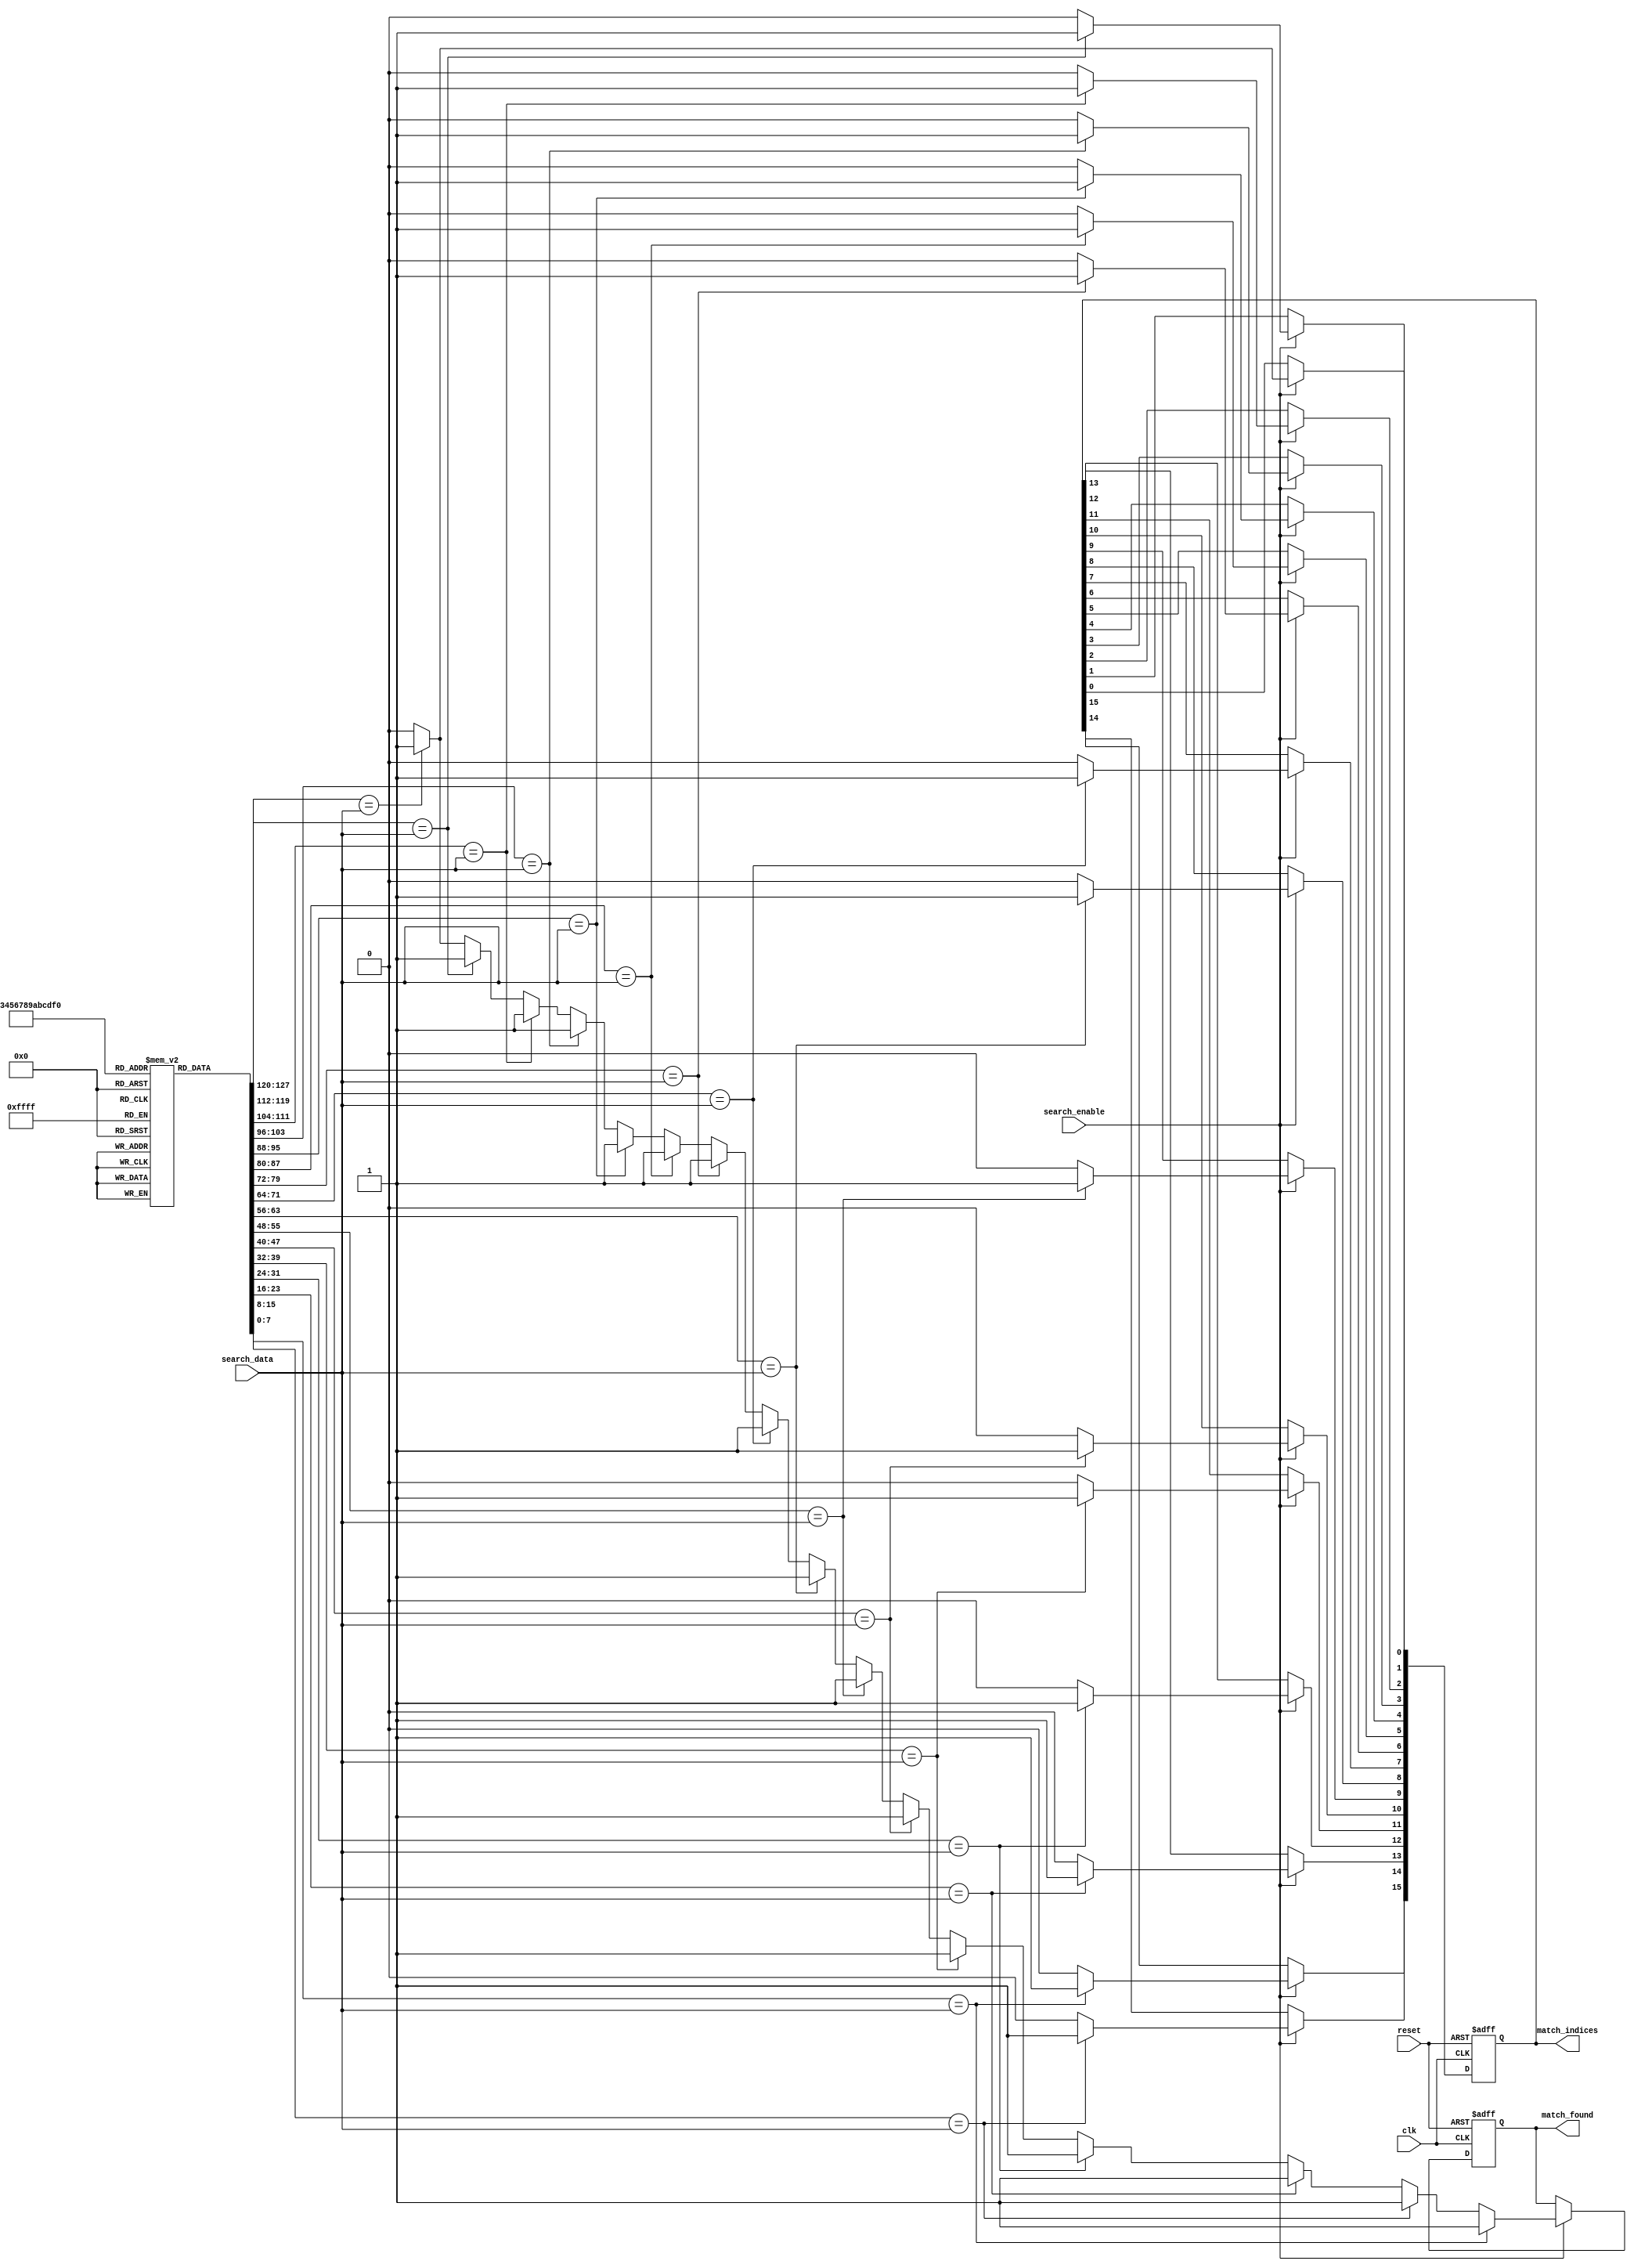
module SequentialCAM #(
    parameter DATA_WIDTH = 8,      // Width of each entry in bits
    parameter NUM_ENTRIES = 16      // Number of entries in the CAM
)(
    input wire clk,                 // Clock signal
    input wire reset,               // Reset signal
    input wire [DATA_WIDTH-1:0] search_data, // Data pattern to search
    input wire search_enable,        // Enable signal for search operation
    output reg [NUM_ENTRIES-1:0] match_indices, // Match output
    output reg match_found           // Flag indicating if a match was found
);

    // Memory array declaration
    reg [DATA_WIDTH-1:0] memory_array [0:NUM_ENTRIES-1];

    // Internal signals
    integer i;

    // Initialization of the CAM with example data (can be modified)
    initial begin
        memory_array[0] = 8'hA1;
        memory_array[1] = 8'hB2;
        memory_array[2] = 8'hC3;
        memory_array[3] = 8'hD4;
        memory_array[4] = 8'hE5;
        memory_array[5] = 8'hA1; // Duplicate entry for testing
        memory_array[6] = 8'h00;
        memory_array[7] = 8'hFF;
        memory_array[8] = 8'hAB;
        memory_array[9] = 8'hCD;
        memory_array[10] = 8'hEF;
        memory_array[11] = 8'h12;
        memory_array[12] = 8'h34;
        memory_array[13] = 8'h56;
        memory_array[14] = 8'h78;
        memory_array[15] = 8'h90;
    end

    // Search Logic
    always @(posedge clk or posedge reset) begin
        if (reset) begin
            match_indices <= 0;
            match_found <= 0;
        end else if (search_enable) begin
            match_indices <= 0; // Clear previous matches
            match_found <= 0;   // Reset match found flag
            
            for (i = 0; i < NUM_ENTRIES; i = i + 1) begin
                if (memory_array[i] == search_data) begin
                    match_indices[i] <= 1'b1; // Set match index
                    match_found <= 1;          // Set match found flag
                end else begin
                    match_indices[i] <= 1'b0; // No match
                end
            end
        end
    end

endmodule